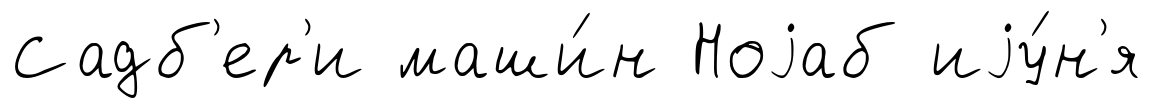
Садб'ер'и маши́н Ноjаб иjу́н'я